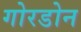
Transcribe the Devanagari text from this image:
गोरडोन